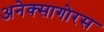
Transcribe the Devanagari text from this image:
अनेक्सागोरस